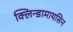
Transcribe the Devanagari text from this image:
क्लिन्डामायसिन